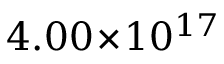
4 . 0 0 \! \times \! 1 0 ^ { 1 7 }